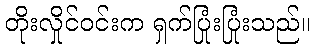
တိုးလှိုင်ဝင်းက ရှက်ပြုံးပြုံးသည်။